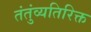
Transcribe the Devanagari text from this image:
तंतुंव्यतिरिक्त